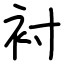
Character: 衬